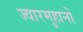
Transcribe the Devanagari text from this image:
ज्वारमुहानों